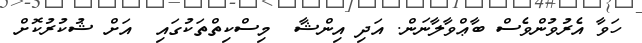
ހަވާ އެރުވުންވެސް ބާޢްވާލާނަން. އަދި އިންޝާ  މިސްކިތްތަކުގައި  އަށް ޝުކުރުކޮށް